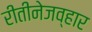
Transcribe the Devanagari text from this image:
रीतीनेजव्हार